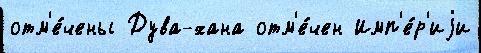
отм'е́чены Дува-хана отм'е́чен Имп'е́р'иjи